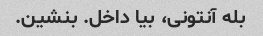
بله آنتونی، بیا داخل. بنشین.